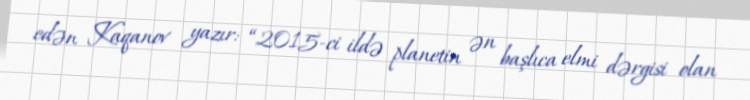
edən Kaqanov yazır: “2015-ci ildə planetin ən başlıca elmi dərgisi olan